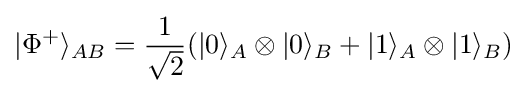
|\Phi ^{+}\rangle _{AB}={\frac {1}{\sqrt {2}}}(|0\rangle _{A}\otimes |0\rangle _{B}+|1\rangle _{A}\otimes |1\rangle _{B})